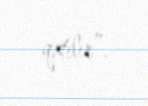
qatılır”.